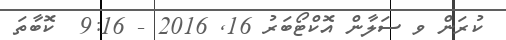
ކުރަން ވ ސަލާން އޮކްޓޯބަރު 16